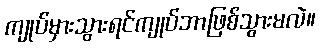
ကျုပ်မှားသွားရင်ကျုပ်ဘာဖြစ်သွားမလဲ။